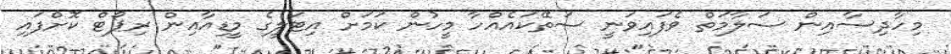
މިހާދިސާއިން ސަލާމަތް ވެފައިވަނީ ސަތޭކައެއްހާ މީހުން ކަމަށް އިޓަލީގެ މީޑިއާއިން ރިޕޯޓް ކޮށްފައި